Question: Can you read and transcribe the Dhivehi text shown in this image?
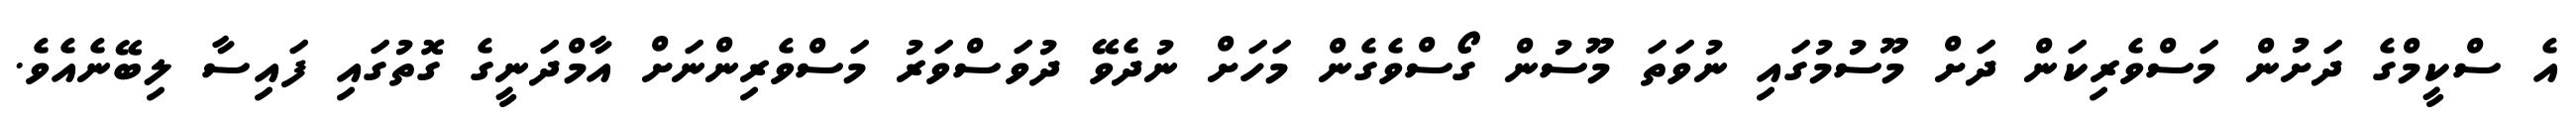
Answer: އެ ސްކީމްގެ ދަށުން މަސްވެރިކަން ދަށް މޫސުމުގައި ނުވަތަ މޫސުން ގޯސްވެގެން މަހަށް ނުދެވޭ ދުވަސްވަރު މަސްވެރިންނަށް އާމްދަނީގެ ގޮތުގައި ފައިސާ ލިބޭނެއެވެ.